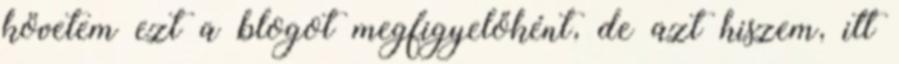
követem ezt a blogot megfigyelőként, de azt hiszem, itt